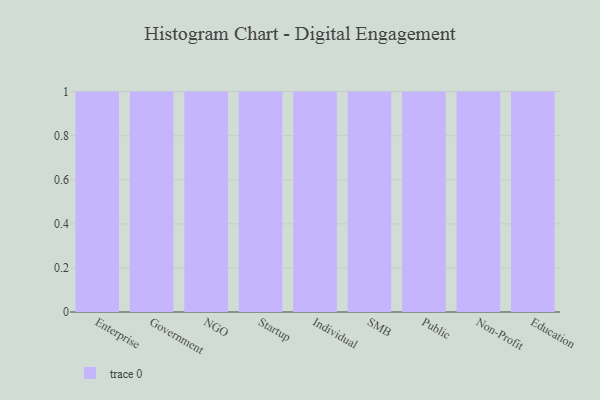
{"axis": {"x": "Segment", "y": "Revenue (USD Million)"}, "legend": [""], "data": [{"x": "Enterprise", "y": 60, "type": ""}, {"x": "Government", "y": 57, "type": ""}, {"x": "NGO", "y": 86, "type": ""}, {"x": "Startup", "y": 13, "type": ""}, {"x": "Individual", "y": 60, "type": ""}, {"x": "SMB", "y": 61, "type": ""}, {"x": "Public", "y": 15, "type": ""}, {"x": "Non-Profit", "y": 8, "type": ""}, {"x": "Education", "y": 25, "type": ""}]}